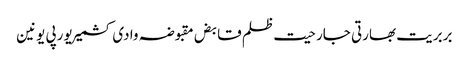
بربریت بھارتی جارحیت ظلم قابض مقبوضہ وادی کشمیر یورپی یونین